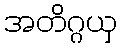
အတိဂ္ဂယှ